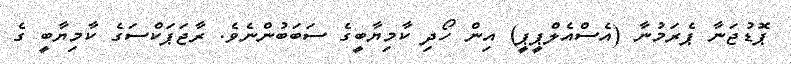
ޕޮޑުޖަނާ ޕެރަމުނާ (އެސްއެލްޕީޕީ) އިން ހޯދި ކާމިޔާބީގެ ސަބަބުންނެވެ. ރާޖަޕަކްސަގެ ކާމިޔާބީ ގެ